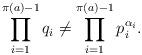
LaTeX: \begin{align*}\prod_{i = 1}^{\pi(a) - 1} q_i \neq \prod_{i = 1}^{\pi(a) - 1}p_i^{\alpha_i}. \end{align*}